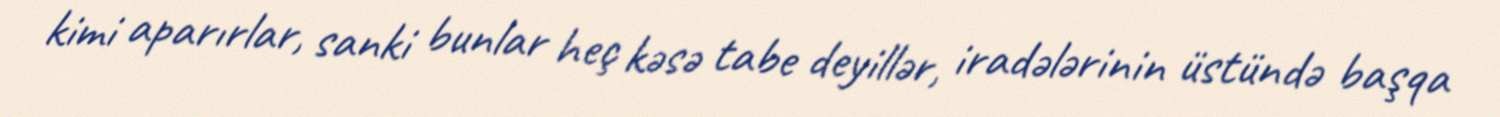
kimi aparırlar, sanki bunlar heç kəsə tabe deyillər, iradələrinin üstündə başqa